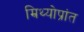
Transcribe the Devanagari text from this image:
म्रिथ्योप्रांत